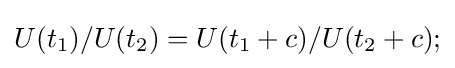
U(t_{1})/U(t_{2})=U(t_{1}+c)/U(t_{2}+c);